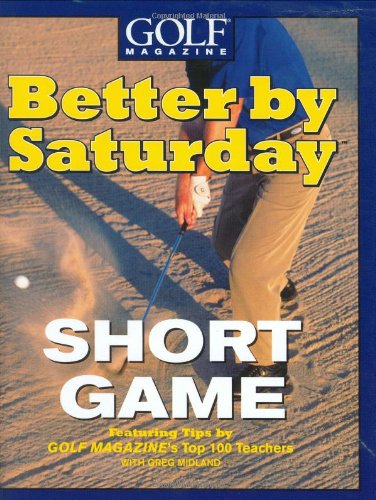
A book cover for Better by Saturday (TM) - Short Game: Featuring Tips by Golf Magazine's Top 100 Teachers; Greg Midland; Sports & Outdoors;